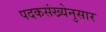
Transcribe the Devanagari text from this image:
पदकसंख्येनुसार